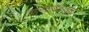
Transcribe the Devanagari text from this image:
तालवाद्यवादक